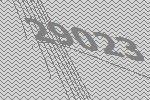
29023